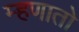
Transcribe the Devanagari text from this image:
म्हणातो